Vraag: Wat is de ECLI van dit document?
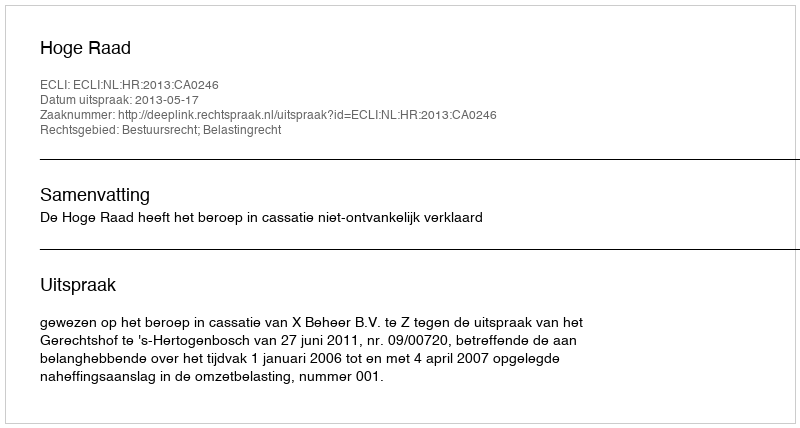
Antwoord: ECLI:NL:HR:2013:CA0246